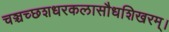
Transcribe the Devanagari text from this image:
चञ्चच्छशधरकलासौधशिखरम्।